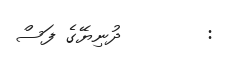
:        ދުނިޔޭގެ ފަސް